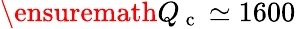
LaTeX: \ensuremath{Q_{\mathrm{~c~}}}\simeq 1600